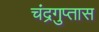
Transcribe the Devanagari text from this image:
चंद्रगुप्तास